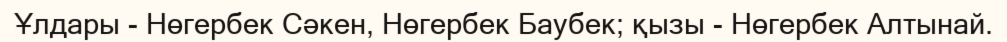
Ұлдары - Нөгербек Сәкен, Нөгербек Баубек; қызы - Нөгербек Алтынай.